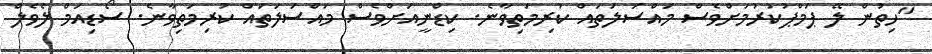
"ހިތުން ލޭ ޕަމްޕުކުރުމަށްވެސް މައްސަލަތައް ކުރިމަތިވާނެ. ކިޑްނީއަށްވެސް މައްސަލަތައް ކުރިމަތިވާނެ. ސޯޑިއަމް ލެވެލް